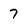
Character: 7